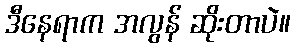
ဒီနေရာက အလွန် ဆိုးတာပဲ။